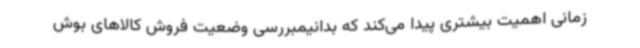
زمانی اهمیت بیشتری پیدا می‌کند که بدانیمبررسی وضعیت فروش کالاهای بوش